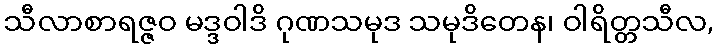
သီလာစာရဇ္ဇဝ မဒ္ဒဝါဒိ ဂုဏသမုဒ သမုဒိတေန၊ ဝါရိတ္တသီလ,